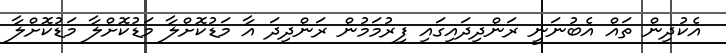
އެކުދިން ތައް އެބުނަނީ ރަންދިދައިގައި ފިރުމަމުން ރަންދިދަ އާ މަޑުކޮށްލާ މަޑުކޮށްލާ މަޑުކޮށްލާ